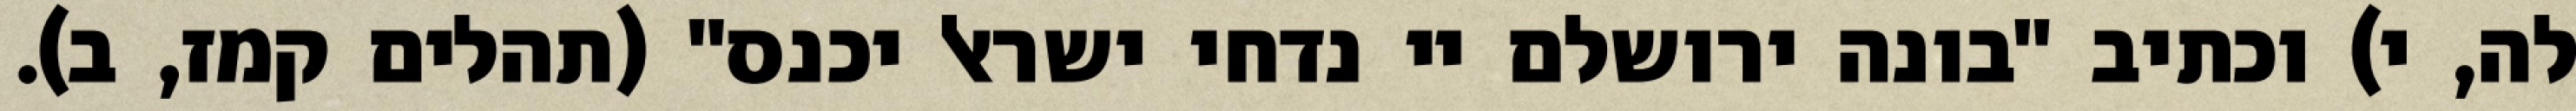
לה, י) וכתיב "בונה ירושלם יי נדחי ישראל יכנס" (תהלים קמז, ב).